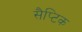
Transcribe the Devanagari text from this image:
सैप्टिक